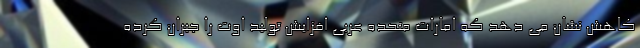
کاهش نشان می دهد که امارات متحده عربی افزایش تولید اوت را جبران کرده